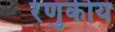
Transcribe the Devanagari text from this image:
रेणुकीय